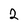
Character: 2